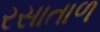
રસાતાળ